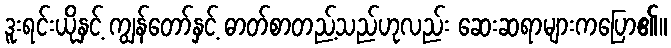
ဒူးရင်းယိုနှင့် ကျွန်တော်နှင့် ဓာတ်စာတည့်သည်ဟုလည်း ဆေးဆရာများကပြော၏။